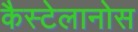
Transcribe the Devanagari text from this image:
कैस्टेलानोस